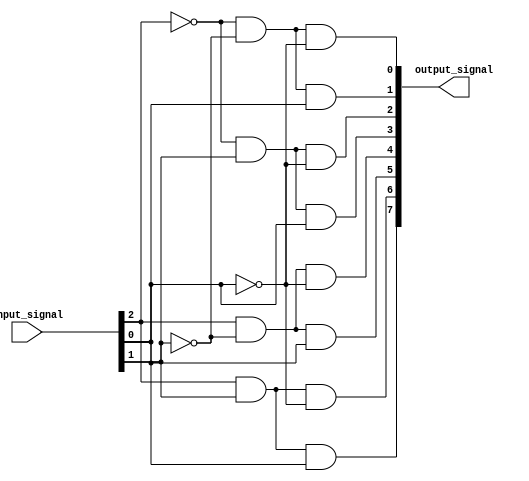
module decoder_3to8 (
    input [2:0] input_signal,
    output [7:0] output_signal
);

assign output_signal[0] = ~input_signal[2] & ~input_signal[1] & ~input_signal[0];
assign output_signal[1] = ~input_signal[2] & ~input_signal[1] & input_signal[0];
assign output_signal[2] = ~input_signal[2] & input_signal[1] & ~input_signal[0];
assign output_signal[3] = ~input_signal[2] & input_signal[1] & input_signal[0];
assign output_signal[4] = input_signal[2] & ~input_signal[1] & ~input_signal[0];
assign output_signal[5] = input_signal[2] & ~input_signal[1] & input_signal[0];
assign output_signal[6] = input_signal[2] & input_signal[1] & ~input_signal[0];
assign output_signal[7] = input_signal[2] & input_signal[1] & input_signal[0];

endmodule